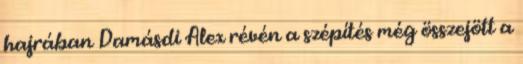
hajrában Damásdi Alex révén a szépítés még összejött a